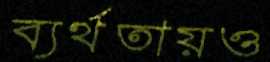
ব্যর্থতায়ও